Civil Veterinary Dept. Bombay admin report 1893-99 - 1893-1899
Year: 1893
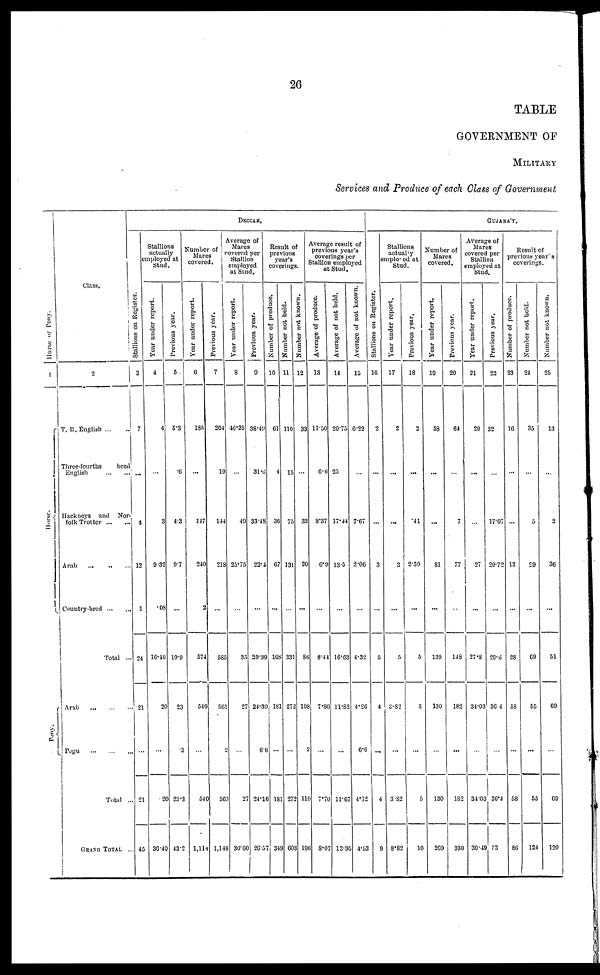
26
TABLE
GOVERNMENT OF
MILITARY
Services and Produce of each Class of Government
Hor s e or Pony.
1
Hor s e.
Pony.
Class.
2
T. B. English ... ...
Three-fourths
bred
English
...
...
Hackneys and Nor-
folk Trotter ... ...
Arab
...
...
...
Country-bred ... ...
Total ...
Arab
...
...
...
Pegu
...
...
...
Total ...
GRAND TOTAL ...
DECCAN.
Stallions on Regi st er .
3
7
...
4
12
1
24
21
...
21
45
Stallions
actually
employed at
Stud.
Year under report.
4
4
...
3
9.32
.08
16.40
20
...
.20
36.40
Previous year.
5
5.3
6
4.3
9.7
...
19.9
23
.3
23.3
43.2
Number of
Mares
covered.
Year under report.
6
185
...
147
240
2
574
540
...
540
1,114
Previous year.
7
204
19
144
218
...
585
561
2
563
1,148
Average of
Mares
covered per
Stallion
employed
at Stud.
Year under report.
8
46.25
...
49
25.75
...
35
27
...
27
30.60
Previous year.
9
38.49
31.6
33.48
22.4
...
29.39
24.39
6.6
24.16
26.57
Result of
previous
year's
coverings.
Number of produce.
10
61
4
36
67
...
168
181
...
181
349
Number not held.
11
110
15
75
131
331
272
...
272
608
Number not known.
12
33
...
33
20
...
86
108
2
110
196
Average result of
previous year's
coverings per
Stallion employed
at Stud.
Average of produce.
13
11.50
6.6
8.37
6.9
...
8.44
7.86
...
7.76
8.07
Average of not held.
14
20.75
25
17.44
13.5
...
16.63
11.82
...
11.67
13.95
Average of not known.
15
6.22
...
7.67
2.06
...
4.32
4.26
6.6
4.72
4.53
GUJARÁT.
Stallions on Regi st er .
16
2
...
...
3
...
5
4
...
4
9
Stallions
actually
employed at
Stud.
Year under report.
17
2
...
...
3
...
5
3.82
...
3.82
8.82
Previous year.
18
2
...
.41
2.59
...
5
5
...
5
10
Number of
Mares
covered.
Year under report.
19
58
...
...
81
...
139
130
...
130
269
Previous year.
20
64
...
7
77
...
148
182
...
182
330
Average of
Mares
covered per
Stallion
employed at
Stud.
Year under report.
21
29
...
...
27
......
27.8
34.03
...
34.03
30.49
Previous year.
22
...
17.07
29.72
...
29.6
36.4
...
36.4
83
Result of
previous year's
coverings.
Number of produce.
23
16
...
...
12
...
28
58
...
58
86
Number not hold.
24
35
...
5
29
...
69
55
...
55
124
Number not known.
25
13
...
...
36
...
51
69
...
69
120